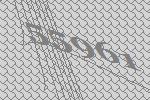
55961